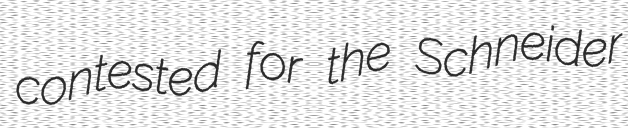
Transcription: contested for the Schneider